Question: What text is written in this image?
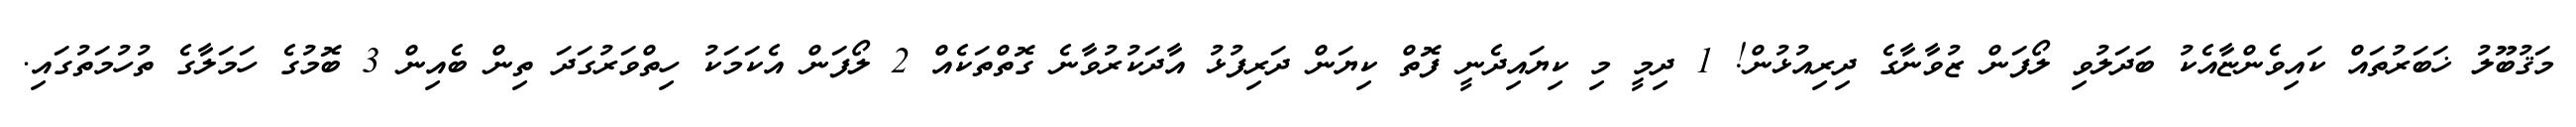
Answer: މަޤުބޫލު ޚަބަރުތައް ކައިވެންޏާއެކު ބަދަލުވި ލޯފަން ޒުވާނާގެ ދިރިއުޅުން! 1 ދިމީ މި ކިޔައިދެނީ ފޮތް ކިޔަން ދަރިފުޅު އާދަކުރުވާނެ ގޮތްތަކެއް 2 ލޯފަން އެކަމަކު ހިތްވަރުގަދަ ތިން ބެއިން 3 ބޮމުގެ ހަމަލާގެ ތުހުމަތުގައި.